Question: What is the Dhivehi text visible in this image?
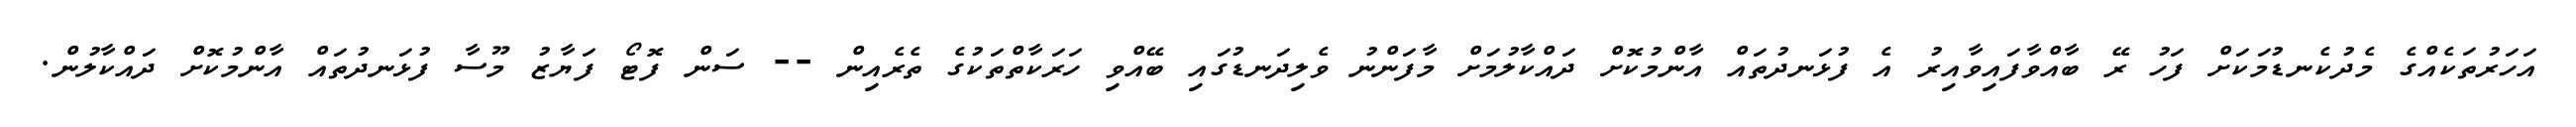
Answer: އަހަރުތަކެއްގެ މެދުކެނޑުމަކަށް ފަހު ރޭ ބާއްވާފައިވާއިރު އެ ފުޅަނދުތައް އާންމުކޮށް ދައްކާލުމަށް މާފަންނު ވެލިދަނޑުގައި ބޭއްވި ހަރަކާތްތަކުގެ ތެރެއިން -- ސަން ފޮޓޯ ފަޔާޒު މޫސާ ފުޅަނދުތައް އާންމުކޮށް ދައްކާލުން.